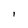
Character: I